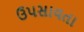
ઉપસાવતા